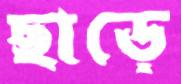
ছাড়ে